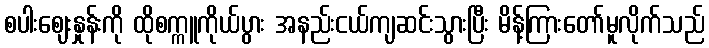
စပါးဈေးနှုန်းကို ထိုစက္ကူကိုယ်ပွား အနည်းငယ်ကျဆင်းသွားပြီး မိန့်ကြားတော်မူလိုက်သည်